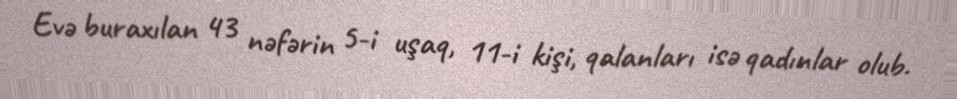
Evə buraxılan 43 nəfərin 5-i uşaq, 11-i kişi, qalanları isə qadınlar olub.